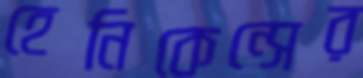
হেনিকেন্সের